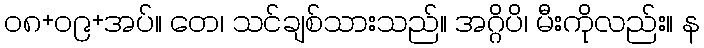
၀၈+၀၉+အပ်။ တေ၊ သင်ချစ်သားသည်။ အဂ္ဂိပိ၊ မီးကိုလည်း။ န